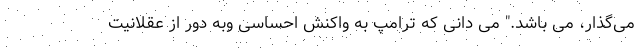
می‌گذار، می باشد." می دانی که ترامپ به واکنش احساسی وبه دور از عقلانیت